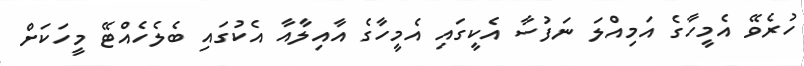
ހުރެވޭ އެމީހާގެ އަމިއްލަ ނަފުސާ އެކީގައި އެމީހާގެ އާއިލާއާ އެކުގައި ބެލެހެއްޓޭ މީހަކަށް